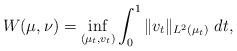
LaTeX: \begin{align*}W(\mu,\nu)=\inf_{(\mu_t,v_t)}\int_0^1\|v_t\|_{L^2(\mu_t)}\ dt,\end{align*}